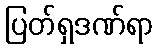
ပြတ်ရှဒဏ်ရာ